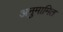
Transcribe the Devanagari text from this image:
अनुमामित